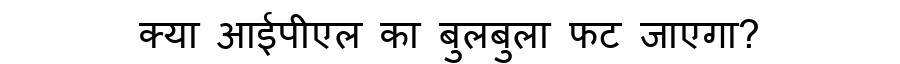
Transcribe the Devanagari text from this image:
क्या आईपीएल का बुलबुला फट जाएगा?